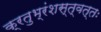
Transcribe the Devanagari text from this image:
क्रतुभ्रंशस्त्वत्तः